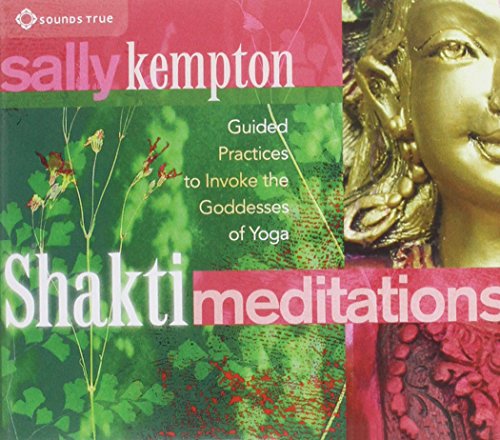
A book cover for Shakti Meditations: Guided Practices to Invoke the Goddesses of Yoga; Sally Kempton; Religion & Spirituality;